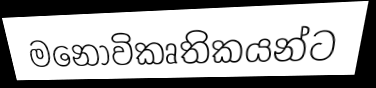
මනෝවිකෘතිකයන්ට